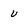
Character: U